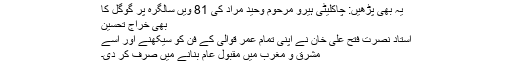
یہ بھی پڑھیں: چاکلیٹی ہیرو مرحوم وحید مراد کی 81 ویں سالگرہ پر گوگل کا
بھی خراج تحسین
استاد نصرت فتح علی خان نے اپنی تمام عمر قوالی کے فن کو سیکھنے اور اسے
مشرق و مغرب میں مقبول عام بنانے میں صرف کر دی۔